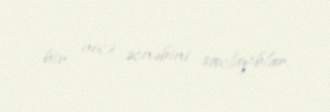
bir neçə əcnəbini saxlayıblar.